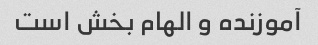
آموزنده و الهام بخش است